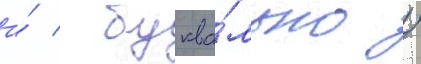
и́ / буква́льно /